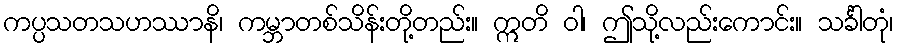
ကပ္ပသတသဟဿာနိ၊ ကမ္ဘာတစ်သိန်းတို့တည်း။ ဣတိ ဝါ၊ ဤသို့လည်းကောင်း။ သင်္ခါတုံ၊